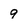
Character: 9